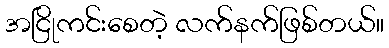
အငြိုကင်းစေတဲ့ လက်နက်ဖြစ်တယ်။